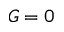
G = 0